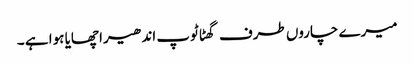
میرے چاروں طرف گھٹا ٹوپ اندھیرا چھایا ہوا ہے ۔